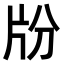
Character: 𤖭